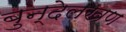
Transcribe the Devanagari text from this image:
बुन्देलखण